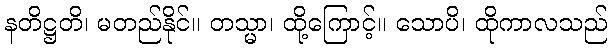
နတိဋ္ဌတိ၊ မတည်နိုင်။ တသ္မာ၊ ထို့ကြောင့်။ သောပိ၊ ထိုကာလသည်